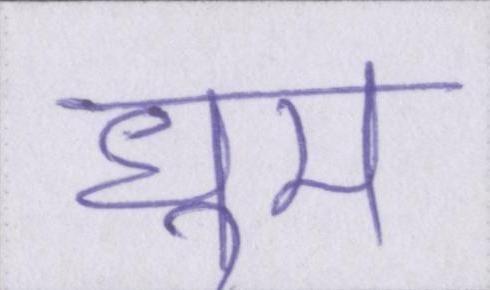
धूम